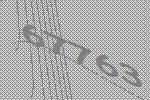
67763